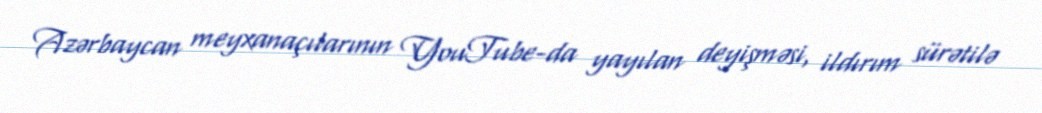
Azərbaycan meyxanaçılarının YouTube-da yayılan deyişməsi, ildırım sürətilə